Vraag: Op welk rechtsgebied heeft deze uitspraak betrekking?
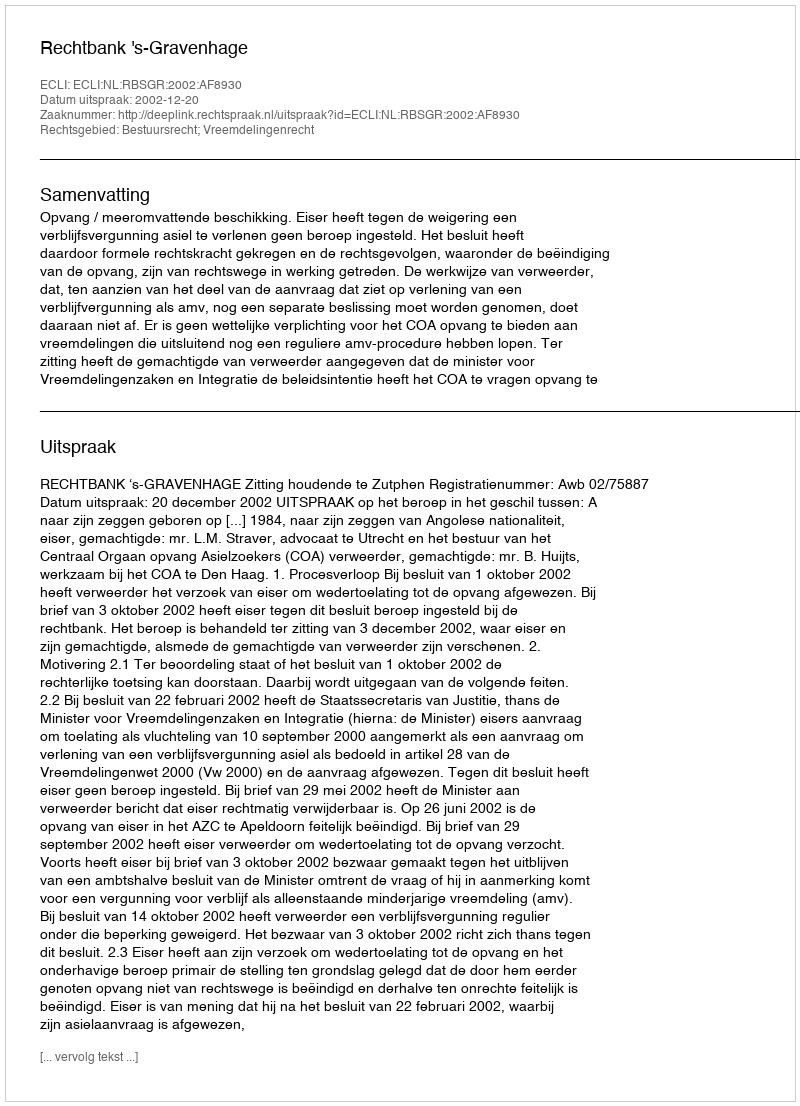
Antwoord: Bestuursrecht; Vreemdelingenrecht